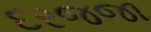
દરજજા